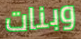
وبنات